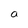
Character: a